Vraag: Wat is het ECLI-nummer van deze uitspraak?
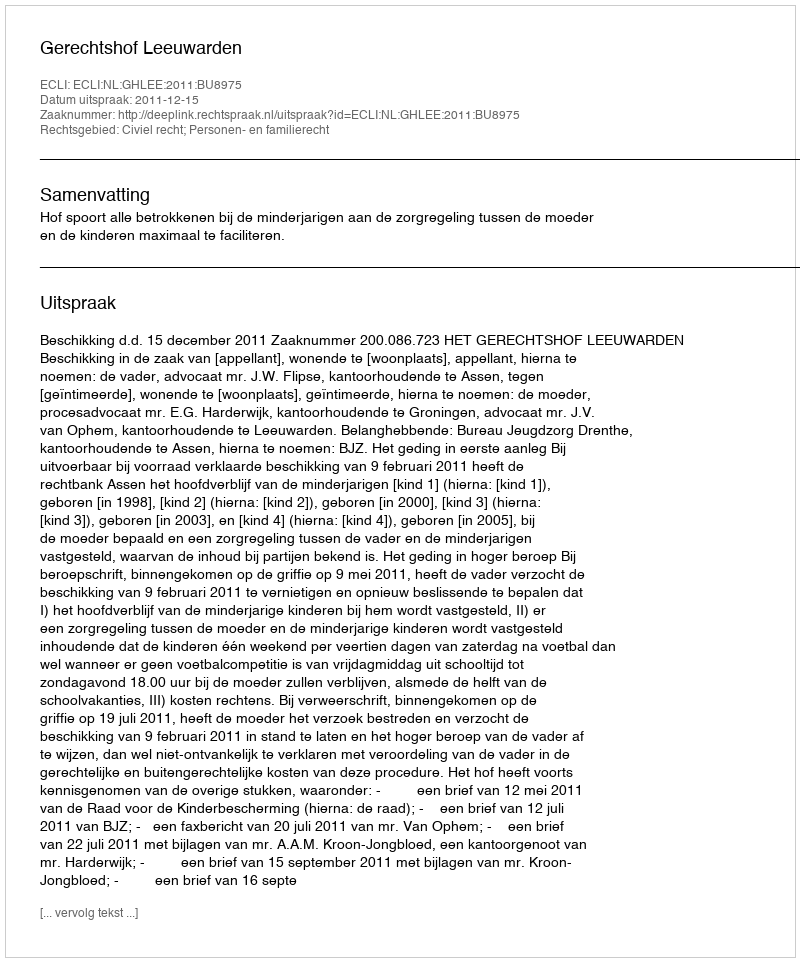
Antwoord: ECLI:NL:GHLEE:2011:BU8975